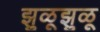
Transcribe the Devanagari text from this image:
झुळूझुळू